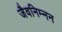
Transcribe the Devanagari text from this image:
जैवनिम्‍नन